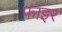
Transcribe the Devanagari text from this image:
फाइर